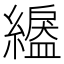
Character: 𦅺